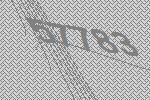
57783